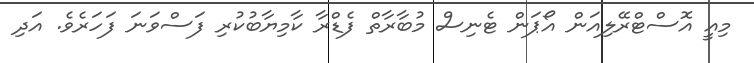
މިއީ އޮސްޓްރޭލިއަން އޯޕަން ޓެނިސް މުބާރާތް ފެޑްރާ ކާމިޔާބުކުރި ފަސްވަނަ ފަހަރެވެ. އަދި